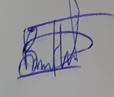
Signature authenticity: genuine